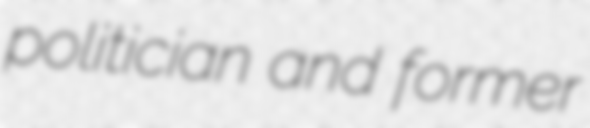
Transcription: politician and former